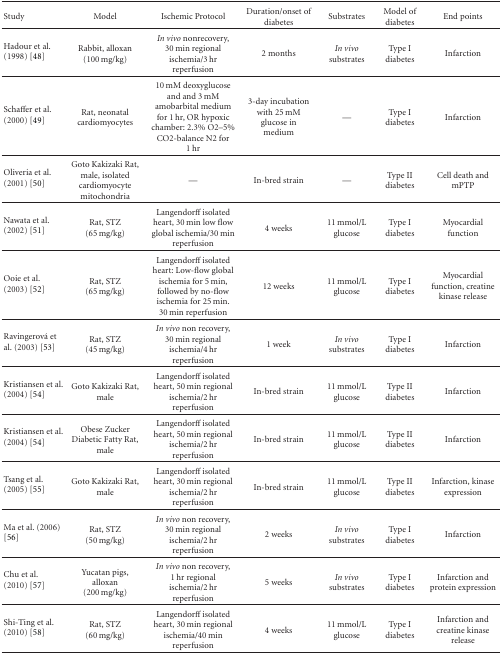
<table><thead><tr><td><b> Study</b></td><td><b>Model</b></td><td><b>Ischemic Protocol</b></td><td><b>Duration/onset of diabetes</b></td><td><b>Substrates</b></td><td><b>Model of diabetes</b></td><td><b>End points</b></td></tr></thead><tbody><tr><td>Hadour et al. (1998) [48]</td><td>Rabbit, alloxan (100 mg/kg)</td><td><i>In vivo</i> nonrecovery, 30 min regional ischemia/3 hr reperfusion</td><td>2 months</td><td><i>In vivo</i> substrates</td><td>Type I diabetes</td><td>Infarction</td></tr><tr><td>Schaffer et al. (2000) [49]</td><td>Rat, neonatal cardiomyocytes</td><td>10 mM deoxyglucose and and 3 mM amobarbital medium for 1 hr, OR hypoxic chamber: 2.3% O2–5% CO2-balance N2 for 1 hr</td><td>3-day incubation with 25 mM glucose in medium</td><td>—</td><td>Type I diabetes</td><td>Infarction</td></tr><tr><td>Oliveria et al. (2001) [50]</td><td>Goto Kakizaki Rat, male, isolated cardiomyocyte mitochondria</td><td>—</td><td>In-bred strain</td><td>—</td><td>Type II diabetes</td><td>Cell death and mPTP</td></tr><tr><td>Nawata et al. (2002) [51]</td><td>Rat, STZ (65 mg/kg)</td><td>Langendorff isolated heart, 30 min low flow global ischemia/30 min reperfusion</td><td>4 weeks</td><td>11 mmol/L glucose</td><td>Type I diabetes</td><td>Myocardial function</td></tr><tr><td>Ooie et al. (2003) [52]</td><td>Rat, STZ (65 mg/kg)</td><td>Langendorff isolated heart: Low-flow global ischemia for 5 min, followed by no-flow ischemia for 25 min. 30 min reperfusion</td><td>12 weeks</td><td>11 mmol/L glucose</td><td>Type I diabetes</td><td>Myocardial function, creatine kinase release</td></tr><tr><td>Ravingerová et al. (2003) [53]</td><td>Rat, STZ (45 mg/kg)</td><td><i>In vivo</i> non recovery, 30 min regional ischemia/4 hr reperfusion</td><td>1 week</td><td><i>In vivo</i> substrates</td><td>Type I diabetes</td><td>Infarction</td></tr><tr><td>Kristiansen et al. (2004) [54]</td><td>Goto Kakizaki Rat, male</td><td>Langendorff isolated heart, 50 min regional ischemia/2 hr reperfusion</td><td>In-bred strain</td><td>11 mmol/L glucose</td><td>Type II diabetes</td><td>Infarction</td></tr><tr><td>Kristiansen et al. (2004) [54]</td><td>Obese Zucker Diabetic Fatty Rat, male</td><td>Langendorff isolated heart, 50 min regional ischemia/2 hr reperfusion</td><td>In-bred strain</td><td>11 mmol/L glucose</td><td>Type II diabetes</td><td>Infarction</td></tr><tr><td>Tsang et al. (2005) [55]</td><td>Goto Kakizaki Rat, male</td><td>Langendorff isolated heart, 30 min regional ischemia/2 hr reperfusion</td><td>In-bred strain</td><td>11 mmol/L glucose</td><td>Type II diabetes</td><td>Infarction, kinase expression</td></tr><tr><td>Ma et al. (2006) [56]</td><td>Rat, STZ (50 mg/kg)</td><td><i>In vivo</i> non recovery, 30 min regional ischemia/2 hr reperfusion</td><td>2 weeks</td><td><i>In vivo</i> substrates</td><td>Type I diabetes</td><td>Infarction</td></tr><tr><td>Chu et al. (2010) [57]</td><td>Yucatan pigs, alloxan (200 mg/kg)</td><td><i>In vivo</i> non recovery, 1 hr regional ischemia/2 hr reperfusion</td><td>5 weeks</td><td><i>In vivo</i> substrates</td><td>Type I diabetes</td><td>Infarction and protein expression</td></tr><tr><td>Shi-Ting et al. (2010) [58]</td><td>Rat, STZ (60 mg/kg)</td><td>Langendorff isolated heart, 30 min regional ischemia/40 min reperfusion</td><td>4 weeks</td><td>11 mmol/L glucose</td><td>Type I diabetes</td><td>Infarction and creatine kinase release</td></tr></tbody></table>